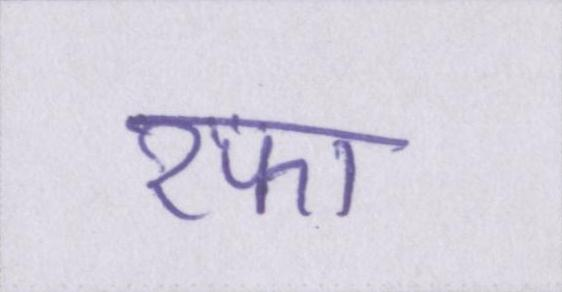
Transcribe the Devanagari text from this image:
रफा